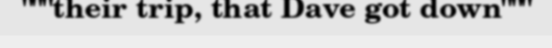
"""their trip, that Dave got down"""